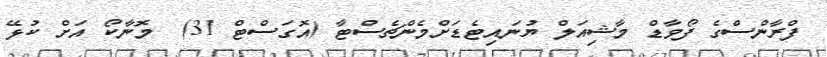
ފްރާންސްގެ ފޯވާޑް މާޝިއަލް ޔުނައިޓެޑަށްމެންޗެސްޓާ (އޮގަސްޓް 31)  މޮނާކޯ އަށް ކުޅޭ